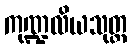
ကုဏ္ဍလိယသုတ္တ